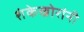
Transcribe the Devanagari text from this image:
शंकेखोरांनी